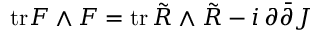
\mathrm { t r } F \wedge F = \mathrm { t r } \, \tilde { R } \wedge \tilde { R } - i \, \partial \bar { \partial } J \,